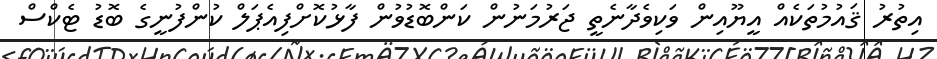
އިތުރު ޤައުމުތަކެއް އީޔޫއިން ވަކިވެދާނެތީ ޖަރުމަނުން ކަންބޮޑުވުން ފާޅުކޮށްފިއެޕަލް ކުންފުނީގެ ބޮޑު ޓެކްސް